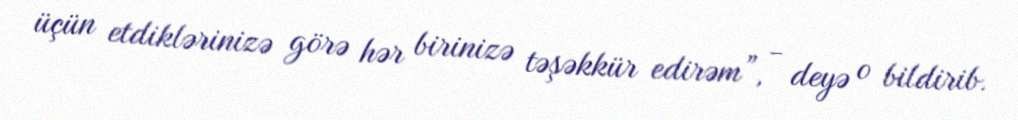
üçün etdiklərinizə görə hər birinizə təşəkkür edirəm”, - deyə o bildirib.